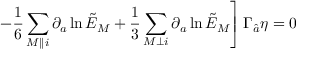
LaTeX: \qquad \qquad \qquad \left. - { \frac { 1 } { 6 } } \sum _ { M \parallel i } \partial _ { a } \ln \tilde { E } _ { M } + { \frac { 1 } { 3 } } \sum _ { M \perp i } \partial _ { a } \ln \tilde { E } _ { M } \right] \Gamma _ { \hat { a } } \eta = 0